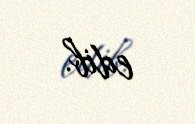
edib.